Sketch of the medical history of the native army of Bombay, for the year
Year: 1875
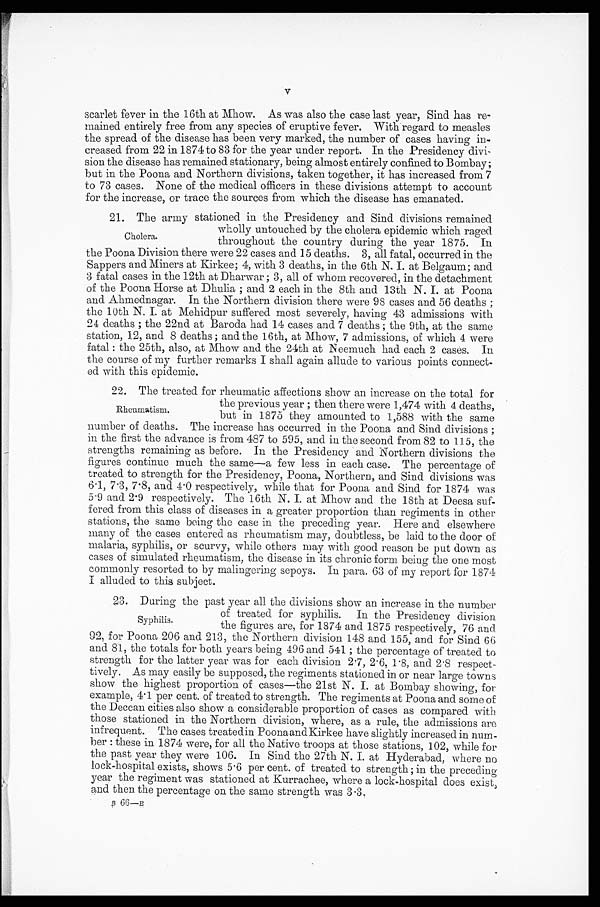
scarlet fever in the 16th at Mhow. As was also the case last year, Sind has re-
mained entirely free from any species of eruptive fever. With regard to measles
the spread of the disease has been very marked, the number of cases having in-
creased from 22 in 1874 to 83 for the year under report. In the Presidency divi-
sion the disease has remained stationary, being almost entirely confined to Bombay;
but in the Poona and Northern divisions, taken together, it has increased from 7
to 73 cases. None of the medical officers in these divisions attempt to account
for the increase. or trace the sources from which the disease has emanated.
21. The army stationed in the Presidency and Sind divisions remained
wholly untouched by the cholera epidemic which raged
throughout the country during the year 1875. In
the Poona Division there were 22 cases and 15 deaths. 3, all fatal, occurred in the
Sappers and Miners at Kirkee; 4, with 3 deaths, in the 6th N. I. at Belgaum; and
3 fatal cases in the 12th at Dharwar; 3, all of whom recovered, in the detachment
of the Poona Horse at Dhulia; and 2 each in the 8th and 13th N. I. at Poona
and Ahmednagar. In the Northern division there were 98 cases and 56 deaths;
the 10th N. I. at Mehidpur suffered most severely, having 43 admissions with
24 deaths; the 22nd at Baroda had 14 cases and 7 deaths; the 9th, at the same
station, 12, and 8 deaths; and the 16th, at Mhow, 7 admissions, of which 4 were
fatal: the 25th, also, at Mhow and the 24th at Neemuch had each 2 cases. In
the course of my further remarks I shall again allude to various points connect-
ed with this epidemic.
22. The treated for rheumatic affections show an increase on the total for
the previous year; then there were 1,474 with 4 deaths,
but in 1875 they amounted to 1,588 with the same
number of deaths. The increase has occurred in the Poona and Sind divisions;
in the first the advance is from 487 to 595, and in the second from 82 to 115, the
strengths remaining as before. In the Presidency and Northern divisions the
figures continue much the same—a few less in each case. The percentage of
treated to strength for the Presidency, Poona, Northern, and Sind divisions was
6.1, 7.3, 7.8, and 4.0 respectively, while that for Poona and Sind for 1874 was
5.9 and 2.9 respectively. The 16th N. I. at Mhow and the 18th at Deesa suf-
fered from this class of diseases in a greater proportion than regiments in other
stations, the same being the case in the preceding year. Here and elsewhere
many of the cases entered as rheumatism may, doubtless, be laid to the door of
malaria, syphilis, or scurvy, while others may with good reason be put down as
cases of simulated rheumatism, the disease in its chronic form being the one most
commonly resorted to by malingering sepoys. In para. 63 of my report for 1874
I alluded to this subject.
23. During the past year all the divisions show an increase in the number
of treated for syphilis. In the Presidency division
the figures are, for 1874 and 1875 respectively, 76 and
92, for Poona 206 and 213, the Northern division 148 and 155, and for Sind 66
and 81, the totals for both years being 406 and 541; the percentage of treated to
strength for the latter year was for each division 2.7, 2.6, 1.8, and 2.8 respect-
tively. As may easily be supposed, the regiments stationed in or near large towns
show the highest proportion of cases—the 21st N. I. at Bombay showing, for
example, 4.1 per cent. of treated to strength. The regiments at Poona and some of
the Deccan cities also show a considerable proportion of cases as compared with
those stationed in the Northern division, where, as a rule, the admissions are
infrequent. The cases treatedin PoonaandKirkee have slightly increased in num-
ber: these in 1874 were, for all the Native troops at those stations, 102, while for
the past year they were 106. In Sind the 27th N. I. at Hyderabad, where no
lock-hospital exists, shows 5.6 per cent. of treated to strength; in the preceding
year the regiment was stationed at Kurrachee, where a lock-hospital does exist;
and then the percentage on the same strength was 3.3.
3 66—B
Cholera.
Rheumatism.
Syphilis.